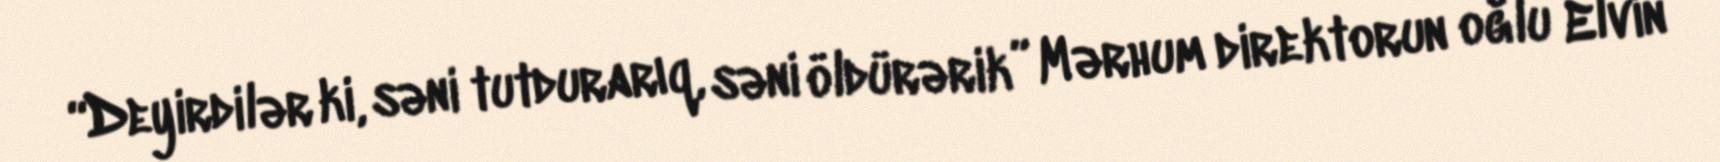
“Deyirdilər ki, səni tutdurarıq, səni öldürərik” Mərhum direktorun oğlu Elvin